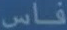
فاس